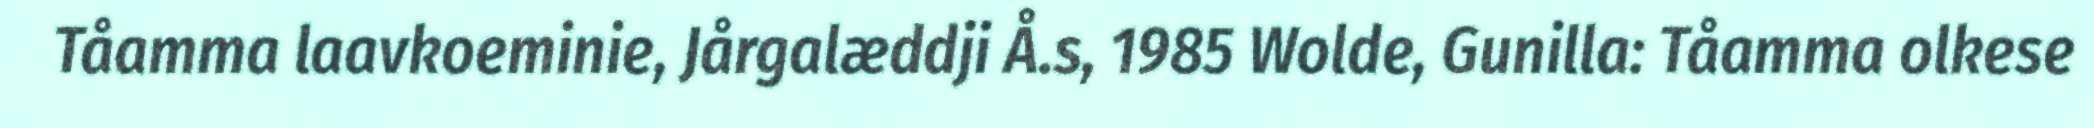
Tåamma laavkoeminie, Jårgalæddji Å.s, 1985 Wolde, Gunilla: Tåamma olkese